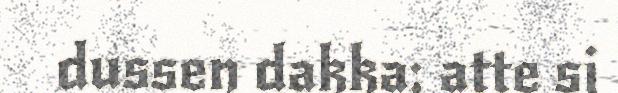
dussen dakka; atte si